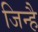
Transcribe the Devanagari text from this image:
जिन्है